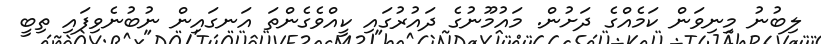
ލިބުނު މިނިވަން ކަމެއްގެ ދަށުން. މައުމޫނުގެ ދައުރުގައި ކީއްވެގެންތަ އަނގައިން ނުބުނެވިފައި ތިބީ